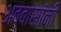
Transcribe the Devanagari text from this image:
अब्बासांनी